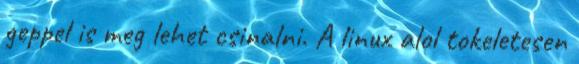
geppel is meg lehet csinalni. A linux alol tokeletesen